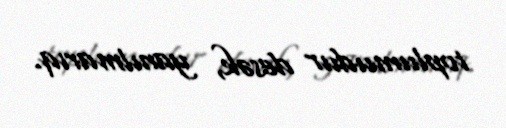
toplumudur desək, yanılmarıq.